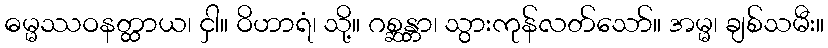
ဓမ္မဿဝနတ္ထာယ၊ ငှါ။ ဝိဟာရံ၊ သို့။ ဂစ္ဆန္တာ၊ သွားကုန်လတ်သော်။ အမ္မ၊ ချစ်သမီး။